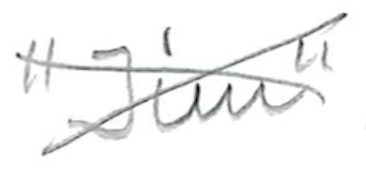
Text: "Jim"
Cross-out: cross
Writing tool: pencil